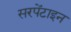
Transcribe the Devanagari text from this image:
सरपेंटाइन